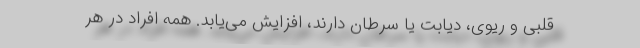
قلبی و ریوی، دیابت یا سرطان دارند، افزایش می‌یابد. همه افراد در هر